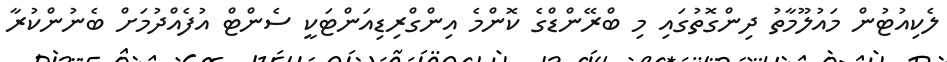
ލެކިއުޓުން މައުލޫމާތު ދިންގޮތުގައި މި ބްރޭންޑްގެ ކޮންމެ އިންގްރިޑިއަންޓަކީ ސެންޓް އުފެއްދުމަށް ބެނުންކުރާ